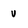
Character: v